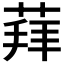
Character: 𦳞